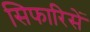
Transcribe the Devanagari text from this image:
सिफारिसें